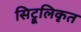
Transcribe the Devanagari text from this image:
सिट्रूलिकृत